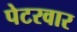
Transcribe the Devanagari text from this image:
पेटरवार